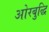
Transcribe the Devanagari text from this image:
ओरबुद्धि